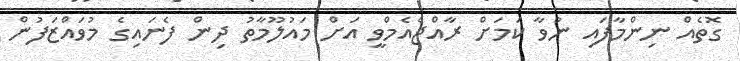
ގޮތެއް ނިންމާފައި ނުވާ ކަމަށް ރާއްޖެއެމްވީ އަށް މައުލޫމާތު ދިން ފެނައިގެ މުވައްޒަފުން